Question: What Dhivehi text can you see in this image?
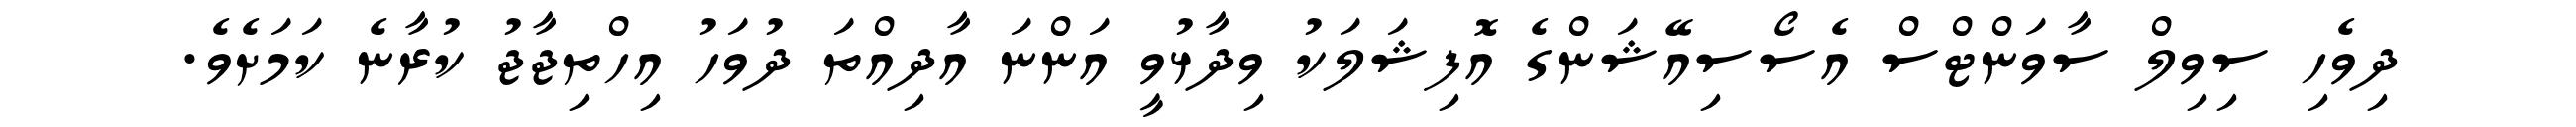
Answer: ދިވެހި ސިވިލް ސާވަންޓްސް އެސޯސިއޭޝަންގެ އޮފިޝަލަކު ވިދާޅުވީ އަންނަ އާދިއްތަ ދުވަހު އިހްތިޖާޖު ކުރާނެ ކަމަށެވެ.